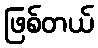
ဖြစ်တယ်